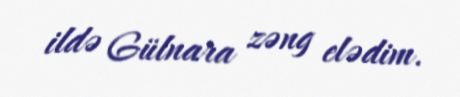
ildə Gülnara zəng elədim.